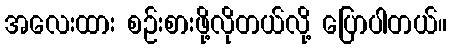
အလေးထား စဉ်းစားဖို့လိုတယ်လို့ ပြောပါတယ်။